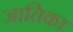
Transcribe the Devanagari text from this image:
जातिका